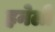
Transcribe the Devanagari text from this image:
हनेली